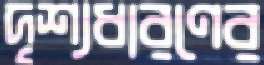
দৃশ্যধারণের